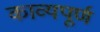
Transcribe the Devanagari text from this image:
काव्यपूर्ण